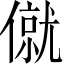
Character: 僦